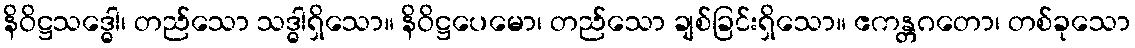
နိဝိဋ္ဌသဒ္ဓေါ၊ တည်သော သဒ္ဓါရှိသော။ နိဝိဋ္ဌပေမော၊ တည်သော ချစ်ခြင်းရှိသော။ ဧကန္တဂတော၊ တစ်ခုသော